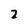
Character: 2